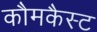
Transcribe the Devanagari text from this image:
कौमकैस्ट